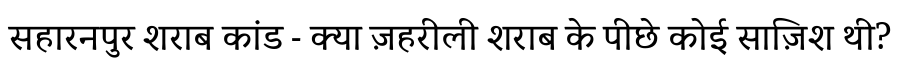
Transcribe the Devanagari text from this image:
सहारनपुर शराब कांड - क्या ज़हरीली शराब के पीछे कोई साज़िश थी?